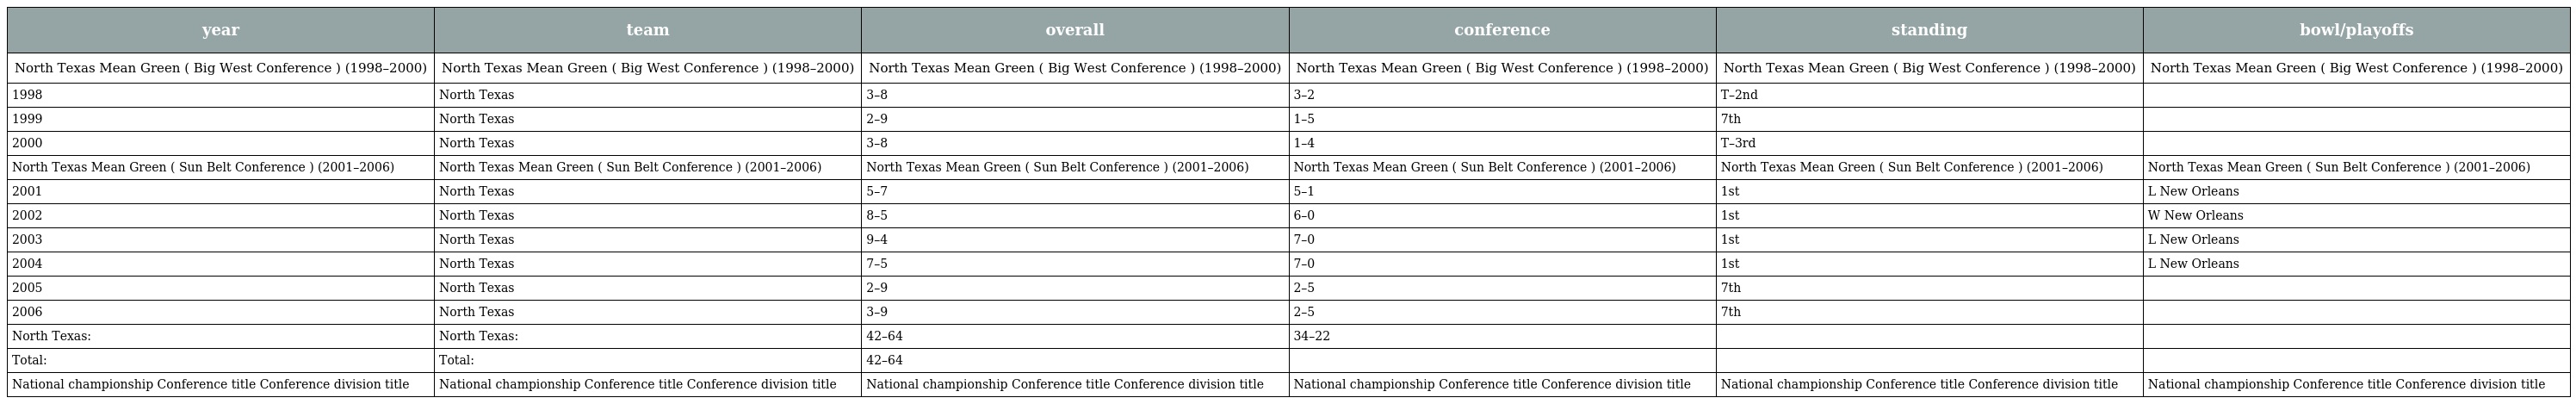
| year | team | overall | conference | standing | bowl/playoffs |
 | --- | --- | --- | --- | --- | --- |
 | North Texas Mean Green ( Big West Conference ) (1998–2000) | North Texas Mean Green ( Big West Conference ) (1998–2000) | North Texas Mean Green ( Big West Conference ) (1998–2000) | North Texas Mean Green ( Big West Conference ) (1998–2000) | North Texas Mean Green ( Big West Conference ) (1998–2000) | North Texas Mean Green ( Big West Conference ) (1998–2000) |
 | 1998 | North Texas | 3–8 | 3–2 | T–2nd |  |
 | 1999 | North Texas | 2–9 | 1–5 | 7th |  |
 | 2000 | North Texas | 3–8 | 1–4 | T–3rd |  |
 | North Texas Mean Green ( Sun Belt Conference ) (2001–2006) | North Texas Mean Green ( Sun Belt Conference ) (2001–2006) | North Texas Mean Green ( Sun Belt Conference ) (2001–2006) | North Texas Mean Green ( Sun Belt Conference ) (2001–2006) | North Texas Mean Green ( Sun Belt Conference ) (2001–2006) | North Texas Mean Green ( Sun Belt Conference ) (2001–2006) |
 | 2001 | North Texas | 5–7 | 5–1 | 1st | L New Orleans |
 | 2002 | North Texas | 8–5 | 6–0 | 1st | W New Orleans |
 | 2003 | North Texas | 9–4 | 7–0 | 1st | L New Orleans |
 | 2004 | North Texas | 7–5 | 7–0 | 1st | L New Orleans |
 | 2005 | North Texas | 2–9 | 2–5 | 7th |  |
 | 2006 | North Texas | 3–9 | 2–5 | 7th |  |
 | North Texas: | North Texas: | 42–64 | 34–22 |  |  |
 | Total: | Total: | 42–64 |  |  |  |
 | National championship Conference title Conference division title | National championship Conference title Conference division title | National championship Conference title Conference division title | National championship Conference title Conference division title | National championship Conference title Conference division title | National championship Conference title Conference division title |